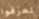
تعرفوا